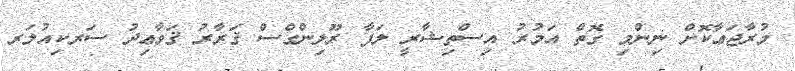
މުރާޖަޢާކޮށް ނިންމި ގޮތް އަމުރު އިސްތިޝާރީ ލަފާ ރޫލިންގްސް ޤަރާރު ޤަވާޢިދު ސަރކިއުލަރ